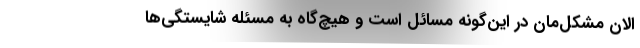
الان مشکل‌مان در این‌گونه مسائل است و هیچ‌گاه به مسئله شایستگی‌ها